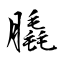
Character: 膬